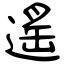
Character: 遙